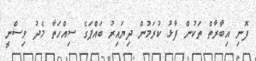
ފޮނި އިބާރާތް ތަކުން ފާޅު ކުރަމުން ދިޔައިރު ބައްޕަގެ ސިއްހަތާ މެދު ވިސްނީ